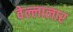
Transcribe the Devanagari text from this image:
वेल्लालार